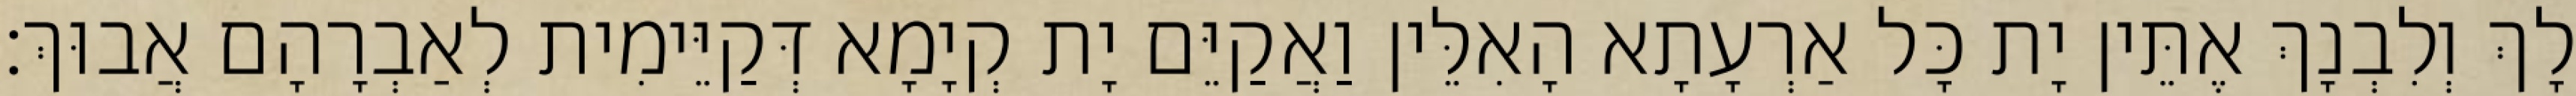
לָךְ וְלִבְנָךְ אֶתֵּין יָת כָּל אַרְעָתָא הָאִלֵּין וַאֲקַיֵּם יָת קְיָמָא דְּקַיֵּימִית לְאַבְרָהָם אֲבוּךְ׃